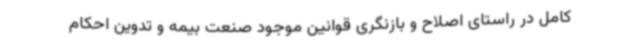
کامل در راستای اصلاح و بازنگری قوانین موجود صنعت بیمه و تدوین احکام